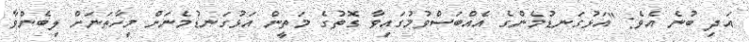
އަދި ބުނެ އެވެ: "އަޅުގަނޑުމެންގެ އެއްބަސްވުމުގައިވާ ގޮތުގެ މަތީން އަޅުގަނޑުމެނަށް މިހާތަނަށް ލިބެންވާ